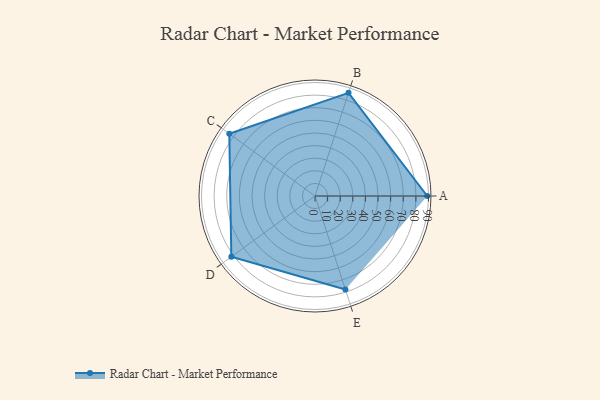
{"axis": {"x": "Skill", "y": "Score"}, "legend": ["Profile"], "data": [{"x": "A", "y": 89.0, "type": "Profile"}, {"x": "B", "y": 86.0, "type": "Profile"}, {"x": "C", "y": 84.0, "type": "Profile"}, {"x": "D", "y": 82.0, "type": "Profile"}, {"x": "E", "y": 78.0, "type": "Profile"}]}